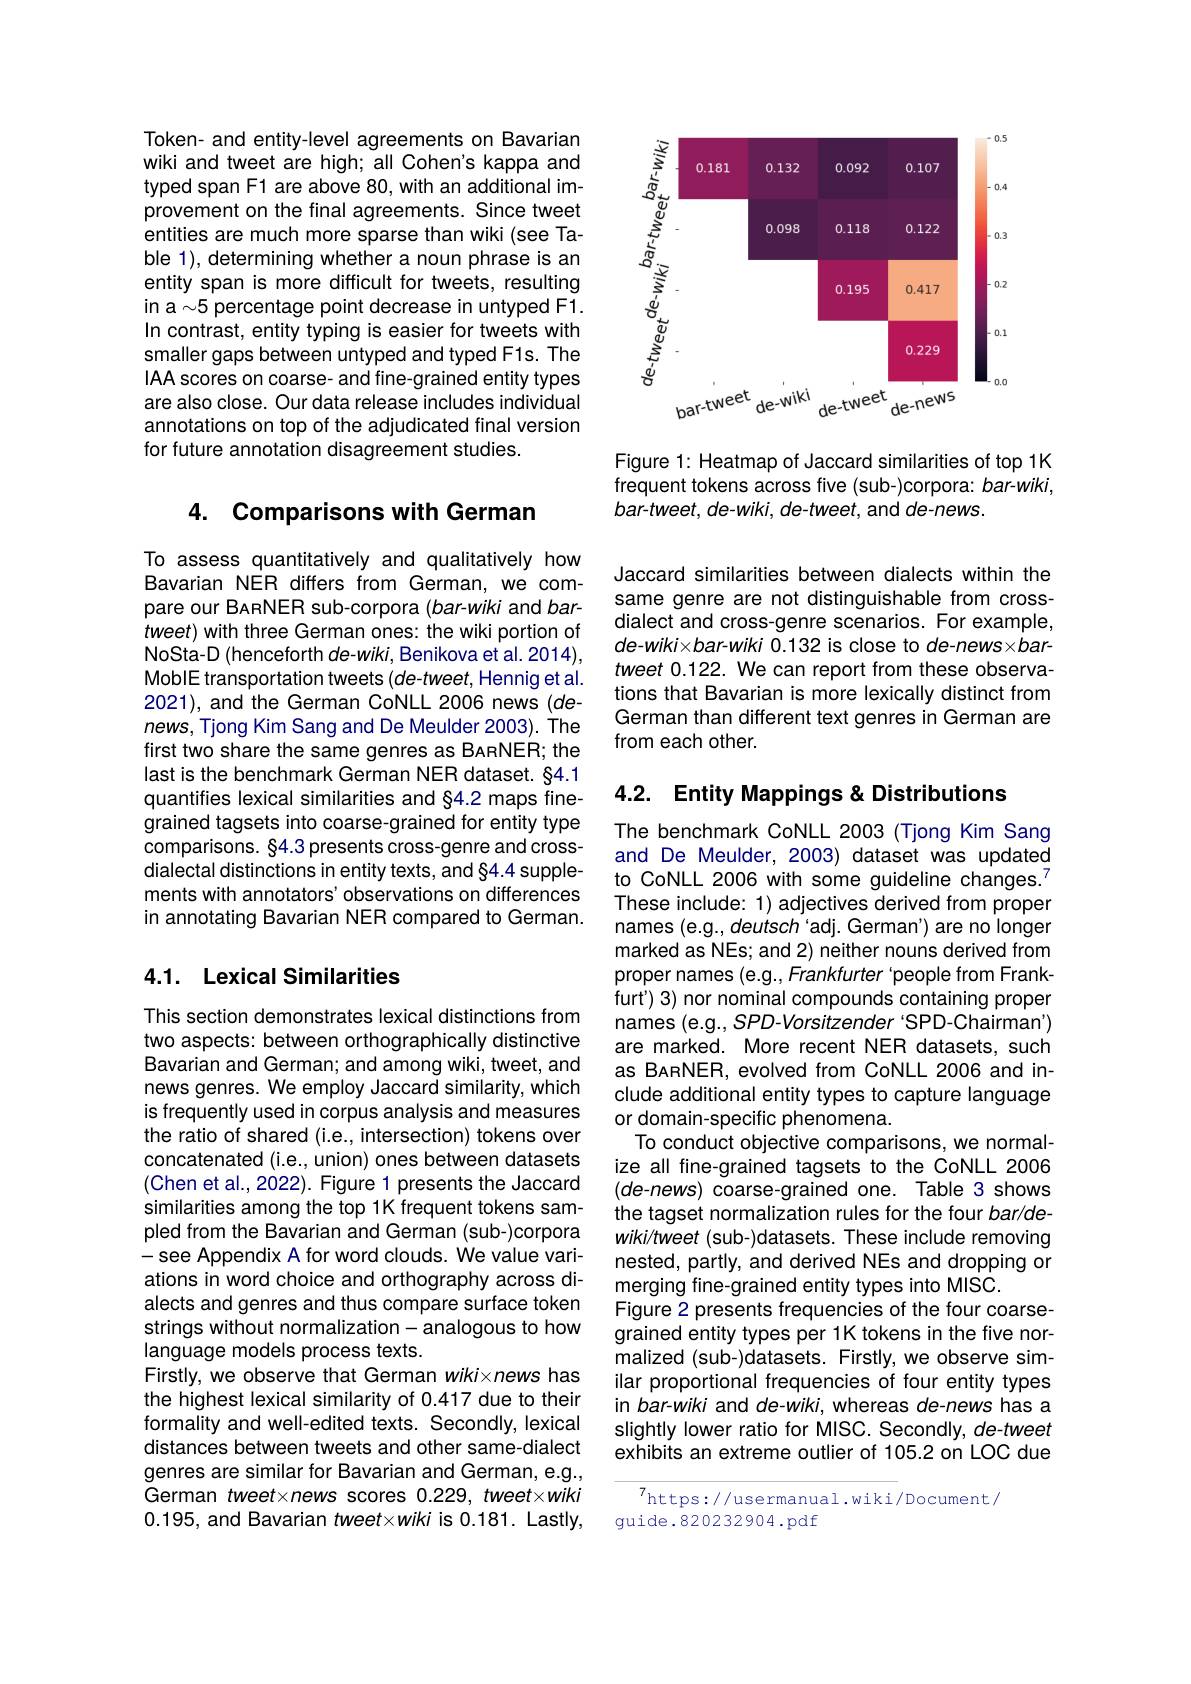
Token- and entity-level agreements on Bavarian wiki and tweet are high; all Cohen's kappa and typed span F1 are above 80, with an additional improvement on the final agreements. Since tweet entities are much more sparse than wiki (see Table 1), determining whether a noun phrase is an entity span is more difficult for tweets, resulting in a $\sim5$ percentage point decrease in untyped F1. In contrast, entity typing is easier for tweets with smaller gaps between untyped and typed F1s. The IAA scores on coarse- and fine-grained entity types are also close. Our data release includes individual annotations on top of the adjudicated final version for future annotation disagreement studies.

# 4. Comparisons with German

To assess quantitatively and qualitatively how Bavarian NER differs from German, we compare our BanNER sub-corpora (bar-wiki and bar- $tweet)$ with three German ones: the wiki portion of NoSta-D (henceforth de-wiki, Benikova et al. 2014), MoblE transportation tweets (de-tweet, Hennig et al. 2021), and the German CoNLL 2006 news (denews, Tjong Kim Sang and De Meulder 2003). The first two share the same genres as BARNER; the last is the benchmark German NER dataset. §4.1 quantifies lexical similarities and §4.2 maps finegrained tagsets into coarse-grained for entity type comparisons. §4.3 presents cross-genre and crossdialectal distinctions in entity texts, and §4.4 supplements with annotators' observations on differences in annotating Bavarian NER compared to German.

## 4.1. Lexical Similarities

This section demonstrates lexical distinctions from two aspects: between orthographically distinctive Bavarian and German; and among wiki, tweet, and news genres. We employ Jaccard similarity, which is frequently used in corpus analysis and measures the ratio of shared (i.e., intersection) tokens over concatenated (i.e., union) ones between datasets (Chen et al., 2022). Figure 1 presents the Jaccard similarities among the top 1K frequent tokens sampled from the Bavarian and German (sub-)corpora -see Appendix A for word clouds. We value variations in word choice and orthography across dialects and genres and thus compare surface token strings without normalization-analogous to how language models process texts.
Firstly, we observe that German wikixnews has the highest lexical similarity of 0.417 due to their formality and well-edited texts. Secondly, lexical distances between tweets and other same-dialect genres are similar for Bavarian and German, e.g., German tweet×news scores 0.229, tweet×wiki 0.195, and Bavarian tweet×wiki is 0.181. Lastly,

<FigureHere>

Figure 1: Heatmap of Jaccard similarities of top 1K frequent tokens across five (sub-)corpora: bar-wiki, $bar-tweet,de-wiki,de-tweet$, and de-news.

Jaccard similarities between dialects within the same genre are not distinguishable from crossdialect and cross-genre scenarios. For example, de-wiki×bar-wiki 0.132 is close to de-news×bartweet 0.122. We can report from these observations that Bavarian is more lexically distinct from German than different text genres in German are from each other.

# 4.2. Entity Mappings& Distributions

The benchmark CoNLL 2003 (Tjong Kim Sang and De Meulder, 2003) dataset was updated to CoNLL 2006 with some guideline changes.$^{7}$ These include: 1) adjectives derived from proper names (e.g., deutsch'adj. German') are no longer marked as NEs; and 2) neither nouns derived from proper names (e.g., Frankfurter 'people from Frankfurt') 3) nor nominal compounds containing proper names (e.g., SPD-Vorsitzender 'SPD-Chairman') are marked. More recent NER datasets, such as BARNER, evolved from CoNLL 2006 and include additional entity types to capture language or domain-specific phenomena.
To conduct objective comparisons, we normalize all fine-grained tagsets to the CoNLL 2006 (de-news) coarse-grained one. Table 3 shows the tagset normalization rules for the four bar/dewiki/tweet (sub-)datasets. These include removing nested, partly, and derived NEs and dropping or merging fine-grained entity types into MISC.
Figure 2 presents frequencies of the four coarsegrained entity types per 1K tokens in the five normalized (sub-)datasets. Firstly, we observe similar proportional frequencies of four entity types in bar-wiki and de-wiki, whereas de-news has a slightly lower ratio for MISC. Secondly, de-tweet exhibits an extreme outlier of 105.2 on LOC due

$^{7}$https://usermanual.wiki/Document/
guide.820232904.pdf